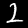
Label: 2